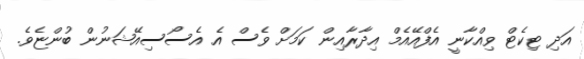
އަދި ޓިކެޓް ވިއްކާނީ އެފްއޭއެމް އިދާރާއިން ކަމަށް ވެސް އެ އެސޯސިއޭޝަނުން ބުންޏެވެ.